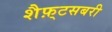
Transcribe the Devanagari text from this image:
शैफ़्टसबरी